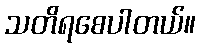
သတိရစေပါတယ်။